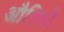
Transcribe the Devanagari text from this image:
औषिधी